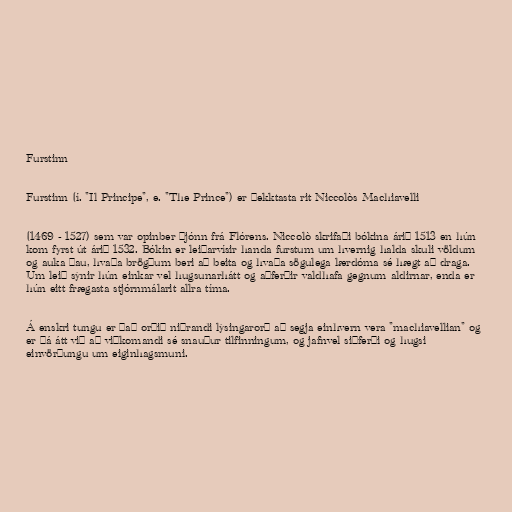
Furstinn

Furstinn (í. "Il Principe", e. "The Prince") er þekktasta rit Niccolòs Machiavelli

(1469 - 1527) sem var opinber þjónn frá Flórens. Niccolò skrifaði bókina árið 1513 en hún
kom fyrst út árið 1532. Bókin er leiðarvísir handa furstum um hvernig halda skuli völdum
og auka þau, hvaða brögðum beri að beita og hvaða sögulega lærdóma sé hægt að draga.
Um leið sýnir hún einkar vel hugsunarhátt og aðferðir valdhafa gegnum aldirnar, enda er
hún eitt frægasta stjórnmálarit allra tíma.

Á enskri tungu er það orðið niðrandi lýsingarorð að segja einhvern vera "machiavellian" og
er þá átt við að viðkomandi sé snauður tilfinningum, og jafnvel siðferði og hugsi
einvörðungu um eiginhagsmuni.